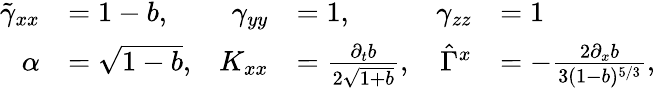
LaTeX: \begin{array}{rlrlrl}{\tilde{\gamma}_{xx}}&{=1-b,}&{\gamma_{yy}}&{=1,}&{\gamma_{zz}}&{=1}\\ {\alpha}&{=\sqrt{1-b},}&{K_{xx}}&{=\frac{\partial_{t}b}{2\sqrt{1+b}},}&{\hat{\Gamma}^{x}}&{=-\frac{2\partial_{x}b}{3(1-b)^{5/3}},}\end{array}